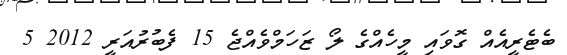
ބެޓެރީއެއް ގޮވައި މީހެއްގެ ލޯ ޒަހަމްވެއްޖެ 15 ފެބުރުއަރީ 2012 5